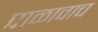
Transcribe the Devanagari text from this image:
पाळावाच